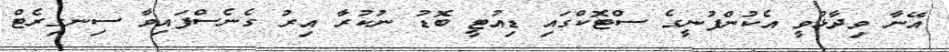
އޭނާ ވިދާޅުވީ އެކުންފުނީގެ ސްޓޮކްގައި ޑިއުޓީ ބޮޑު ނުކުރާ އިރު ގެނެސްފައިވާ ސިނގިރެޓް